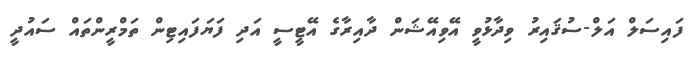
ފައިސަލް އަލް-ސުޤައިރު ވިދާޅުވީ އޭވިއޭޝަން ދާއިރާގެ އޭޓީސީ އަދި ފަޔަފައިޓިން ތަމްރީންތައް ސައުދީ